system: You are a helpful assistant.
user:
Analyze the provided spectrum to determine if it is a **S-type Star**.

- **Key Indicators for S-type Star:**

    - **(Overall Spectrum Shape):** The first and most obvious characteristic is the overall continuum (the "baseline" shape). It is **extremely "red-sloping,"** meaning the flux (light intensity) is very low on the left side (blue, ~4000-4500 Å) and rises steeply and continuously toward the right side (red, ~7000 Å+).

    - **(Primary):** The spectrum is defined by the presence of strong, broad molecular absorption "valleys" (bands) from **Zirconium Oxide (ZrO)**. The identification of these bands is the **primary requirement** for classifying a star as S-type.
        - **(Key Bandheads):** You must find distinct, deep "dips" where the light has been absorbed. The most critical band systems to locate are:
            - **~6474 Å** ($\gamma$-system): This is often the strongest and clearest ZrO feature, found in the red part of the spectrum.
            - **~5718 Å** & **~5551 Å** ($\beta$-system): A pair of prominent absorption features in the yellow-orange part of the spectrum.
            - **~4640 Å** ($\alpha$-system): A key absorption band system in the blue-green region of the spectrum.

    - **(Secondary Confirmation):** The classification is strengthened by finding additional absorption bands from other related heavy element oxides, which are expected to be present alongside ZrO.
        - **(Key Bandheads):**
            - **Yttrium Oxide (YO):** Look for absorption dips near **~4800 Å** and **~6100 Å**.
            - **Lanthanum Oxide (LaO):** Additional absorption features, particularly in the red-orange part of the spectrum, are also characteristic.

    - **(Line Profile):** The combination of the steep red continuum and these numerous, deep molecular bands (ZrO, YO, etc.) gives the entire spectrum a very **"chopped-up"** or **"bumpy"** appearance. Instead of a smooth curve, the spectrum looks as though large, wide chunks of light have been "carved out" of it at the specific wavelengths listed above.

Think first, call **spectral_visualization_tool** if needed to examine features in detail, then provide your final answer. Your response must adhere to the following strict rules:
1.  **Overall Structure:** Your response must follow the format `<think>...</think> <tool_call>...</tool_call> (if a tool is used) <answer>...</answer>`.
2.  **Tool Usage Constraint:** You may only make **one** tool call per turn.
3.  **Final Answer Format:** In the `<answer>` tag, your conclusion must be inside a `\boxed{}` command (e.g., `\boxed{YES}` or `\boxed{NO}`), followed by your justification.

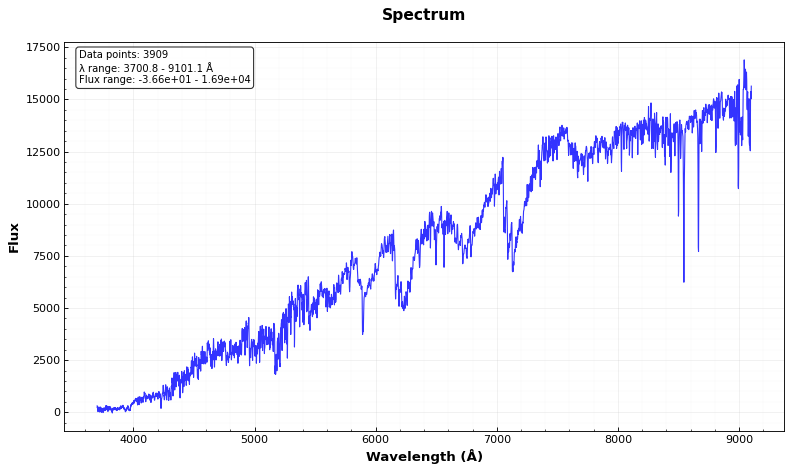
Answer: NO